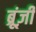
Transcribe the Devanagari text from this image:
ब्रूंज़ी